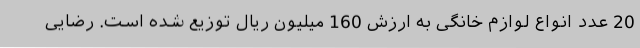
20 عدد انواع لوازم خانگی به ارزش 160 میلیون ریال توزیع شده است. رضایی